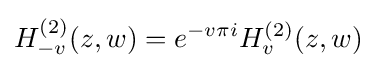
H_{-v}^{(2)}(z,w)=e^{-v\pi i}H_{v}^{(2)}(z,w)